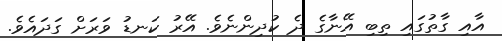
އާއި ގާތުގައި ތިބި އޭނާގެ ދެ ކުދިންނެވެ. އޭރު ކަނޑު ވަރަށް ގަދައެވެ.